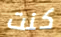
كنت